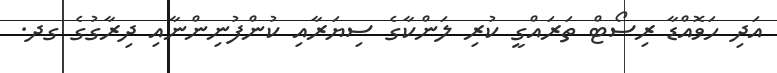
އަދި ހަވޮއްޑާ ރިސޯޓް ތަރައްގީ ކުރި ލަންކާގެ ސިޔަރާއި ކުންފުނިންނާއި ދިރާގުގެ ގދ.